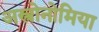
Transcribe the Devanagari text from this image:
अस्त्रोनोमिया